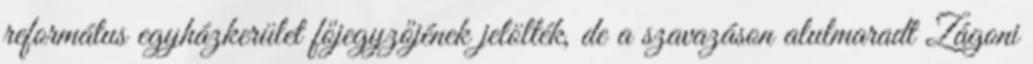
református egyházkerület főjegyzőjének jelölték, de a szavazáson alulmaradt Zágoni